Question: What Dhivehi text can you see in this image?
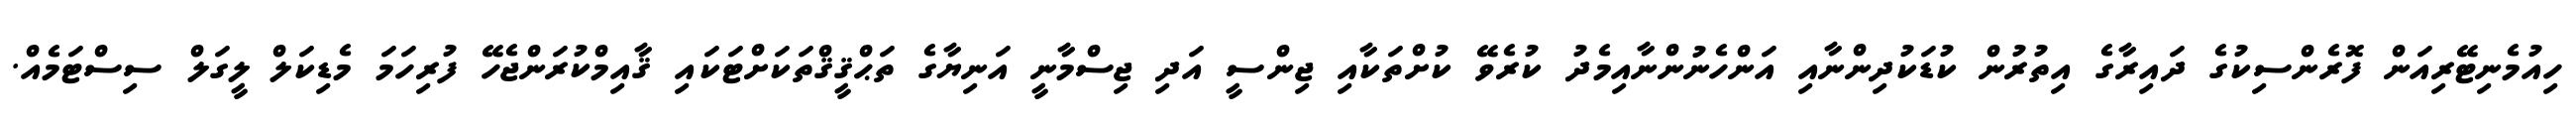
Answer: ހިއުމެނިޓޭރިއަން ފޮރެންސިކުގެ ދައިރާގެ އިތުރުން ކުޑަކުދިންނާއި އަންހެނުންނާއިމެދު ކުރެވޭ ކުށްތަކާއި ޖިންސީ އަދި ޖިސްމާނީ އަނިޔާގެ ތަޙްޤީޤްތަކަށްޓަކައި ޤާއިމްކުރަންޖެހޭ ފުރިހަމަ މެޑިކަލް ލީގަލް ސިސްޓަމެއް.